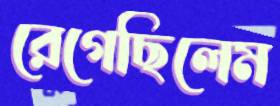
রেগেছিলেম